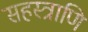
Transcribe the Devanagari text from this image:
सहस्त्राणि